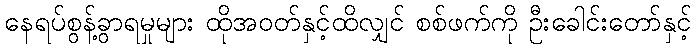
နေရပ်စွန့်ခွာရမှုများ ထိုအဝတ်နှင့်ထိလျှင် စစ်ဖက်ကို ဦးခေါင်းတော်နှင့်